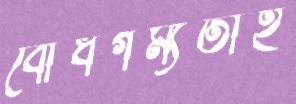
বোধগম্যতাই